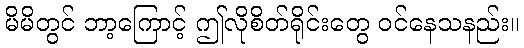
မိမိတွင် ဘာ့ကြောင့် ဤလိုစိတ်ရိုင်းတွေ ဝင်နေသနည်း။